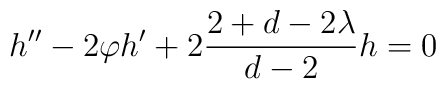
h^{\prime \prime }-2\varphi h^{\prime }+2\frac{2+d-2\lambda }{d-2}h=0